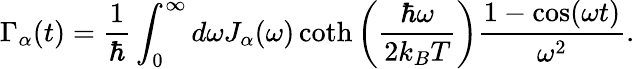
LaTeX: \Gamma_{\alpha}(t)=\frac{1}{\hbar}\int_{0}^{\infty}d\omega J_{\alpha}(\omega)\coth\left(\frac{\hbar\omega}{2k_{B}T}\right)\frac{1-\cos(\omega t)}{\omega^{2}}.